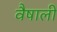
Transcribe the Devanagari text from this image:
वैषाली